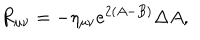
LaTeX: R _ { \mu \nu } = - \eta _ { \mu \nu } e ^ { 2 ( A - B ) } \Delta A ,